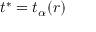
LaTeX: t ^ { * } = t _ { \alpha } ( r )